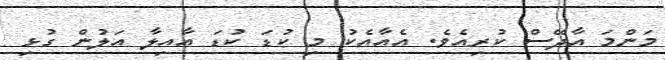
މަންމަ އާދޭސް ކުރިއެވެ. އެއާއެކު މި ކުޑަ ކުޑަ އާއިލާ އަލުން ގުޅި